Report of the Indian Hemp Drugs Commission, 1894-1895 - Volume V
Year: 1894
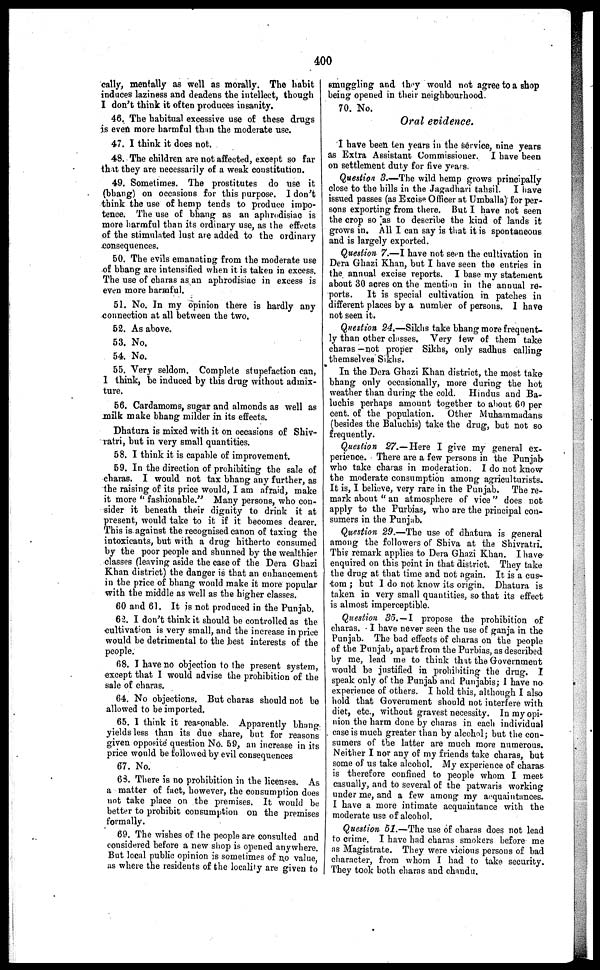
400
cally, mentally as well as morally. The habit
induces laziness and deadens the intellect, though
I don't think it often produces insanity.
46. The habitual excessive use of these drugs
is even more harmful than the moderate use.
47. I think it does not.
48. The children are not affected, except so far
that they are necessarily of a weak constitution.
49. Sometimes. The prostitutes do use it
(bhang) on occasions for this purpose. I don't
think the use of hemp tends to produce impo-
tence. The use of bhang as an aphrodisiac is
more harmful than its ordinary use, as the effects
of the stimulated lust are added to the ordinary
consequences.
50. The evils emanating from the moderate use
of bhang are intensified when it is taken in excess.
The use of charas as an aphrodisiac in excess is
even more harmful.
51. No. In my opinion there is hardly any
connection at all between the two.
52. As above.
53. No.
54. No.
55. Very seldom. Complete stupefaction can,
1 think, be induced by this drug without admix-
ture.
56. Cardamoms, sugar and almonds as well as
milk make bhang milder in its effects.
Dhatura is mixed with it on occasions of Shiv-
ratri, but in very small quantities.
58. I think it is capable of improvement.
59. In the direction of prohibiting the sale of
charas. I would not tax bhang any further, as
the raising of its price would, I am afraid, make
it more "fashionable." Many persons, who con-
sider it beneath their dignity to drink it at
present, would take to it if it becomes dearer.
This is against the recognised canon of taxing the
intoxicants, but with a drug hitherto consumed
by the poor people and shunned by the wealthier
classes (leaving aside the case of the Dera Ghazi
Khan district) the danger is that an enhancement
in the price of bhang would make it more popular
with the middle as well as the higher classes.
60 and 61. It is not produced in the Punjab.
62. I don't think it should be controlled as the
cultivation is very small, and the increase in price
would be detrimental to the best interests of the
people.
68. I have no objection to the present system,
except that I would advise the prohibition of the
sale of charas.
64. No objections. But charas should not be
allowed to be imported.
65. I think it reasonable. Apparently bhang
yields less than its due share, but for reasons
given opposite question No. 59, an increase in its
price would be followed by evil consequences
67. No.
63. There is no prohibition in the licenses. As
a matter of fact, however, the consumption does
not take place on the premises. It would be
better to prohibit consumption on the premises
formally.
69. The wishes of the people are consulted and
considered before a new shop is opened anywhere.
But local public opinion is sometimes of no value,
as where the residents of the locality are given to
smuggling and they would not agree to a shop
being opened in their neighbourhood.
70. No.
Oral evidence.
I have been ten years in the service, nine years
as Extra Assistant Commissioner. I have been
on settlement duty for five years.
Question 3.—The wild hemp grows principally
close to the hills in the Jagadhari tahsil. I have
issued passes (as Excise Officer at Umballa) for per-
sons exporting from there. But I have not seen
the crop so as to describe the kind of lands it
grows in. All I can say is that it is spontaneous
and is largely exported.
Question 7.—I have not seen the cultivation in
Dera Ghazi Khan, but I have seen the entries in
the annual excise reports. I ba6e my statement
about 30 acres on the mention in the annual re-
ports. It is special cultivation in patches in
different places by a number of persons. I have
not seen it.
Question 24.—Sikhs take bhang more frequent-
ly than other classes. Very few of them take
charas — not proper Sikhs, only sadhus calling
themselves Sikhs.
In the Dera Ghazi Khan district, the most take
bhang only occasionally, more during the hot
weather than during the cold. Hindus and Ba-
luchis perhaps amount together to about 60 per
cent. of the population. Other Muhammadans
(besides the Baluchis) take the drug, but not so
frequently.
Question 27.—Here I give my general ex-
perience. There are a few persons in the Punjab
who take charas in moderation. I do not know
the moderate consumption among agriculturists.
It is, I believe, very rare in the Punjab. The re-
mark about "an atmosphere of vice" does not
apply to the Purbias, who are the principal con-
sumers in the Punjab.
Question 29.—The use of dhatura is general
among the followers of Shiva at the Shivratri.
This remark applies to Dera Ghazi Khan. I have
enquired on this point in that district. They take
the drug at that time and not again. It is a cus-
tom; but I do not know its origin. Dhatura is
taken in very small quantities, so that its effect
is almost imperceptible.
Question 35.—I propose the prohibition of
charas. I have never seen the use of ganja in the
Punjab. The bad effects of charas on the people
of the Punjab, apart from the Purbias, as described
by me, lead me to think that the Government
would be justified in prohibiting the drug. I
speak only of the Punjab and Punjabis; I have no
experience of others. I hold this, although I also
hold that Government should not interfere with
diet, etc., without gravest necessity. In my opi-
nion the harm done by charas in each individual
case is much greater than by alcohol; but the con-
sumers of the latter are much more numerous.
Neither I nor any of my friends take charas, but
some of us take alcohol. My experience of charas
is therefore confined to people whom I meet
casually, and to several of the patwaris working
under me, and a few among my acquaintances.
I have a more intimate acquaintance with the
moderate use of alcohol.
Question 51.—The use of charas does not lead
to crime. I have had charas smokers before me
as Magistrate. They were vicious persons of bad
character, from whom I had to take security.
They took both charas and chandu.